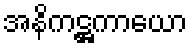
အနိကဋ္ဌကာယော